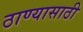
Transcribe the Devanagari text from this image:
ठाण्यासाठी